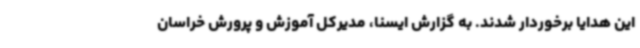
این هدایا برخوردار شدند. به گزارش ایسنا، مدیرکل آموزش و پرورش خراسان